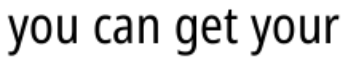
you can get your